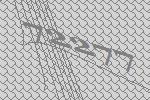
72277